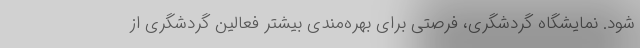
شود. نمایشگاه گردشگری، فرصتی برای بهره‌مندی بیشتر فعالین گردشگری از